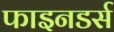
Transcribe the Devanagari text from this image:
फाइनडर्स